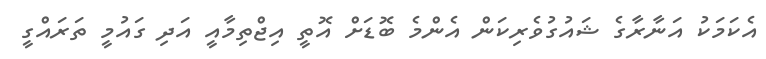
އެކަމަކު އަނާރާގެ ޝައުގުވެރިކަން އެންމެ ބޮޑަށް އޮތީ އިޖްތިމާއީ އަދި ގައުމީ ތަރައްގީ